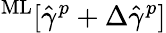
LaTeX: ^\mathrm{ML}[\hat{\gamma}^{p}+\Delta\hat{\gamma}^{p}]